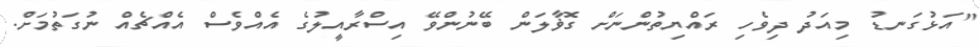
"އަޅުގަނޑު މިއަދު ދިވެހި ރައްޔިތުންނަށް ގޮޥާލަން ބޭނުންވޭ އިސްރާއީލުގެ އެއްވެސް އެއްޗެއް ނުގަތުމަށް.